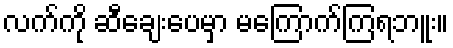
လက်ကို ဆီချေးပေမှာ မကြောက်ကြရဘူး။